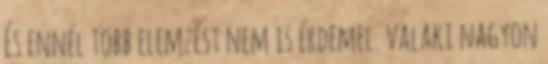
És ennél több elemzést nem is érdemel. valaki nagyon